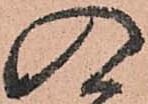
入